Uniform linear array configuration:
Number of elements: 4
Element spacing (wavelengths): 0.75
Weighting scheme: binomial
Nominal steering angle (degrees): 60
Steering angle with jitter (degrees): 59.61
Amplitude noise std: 0.05
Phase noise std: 0.05

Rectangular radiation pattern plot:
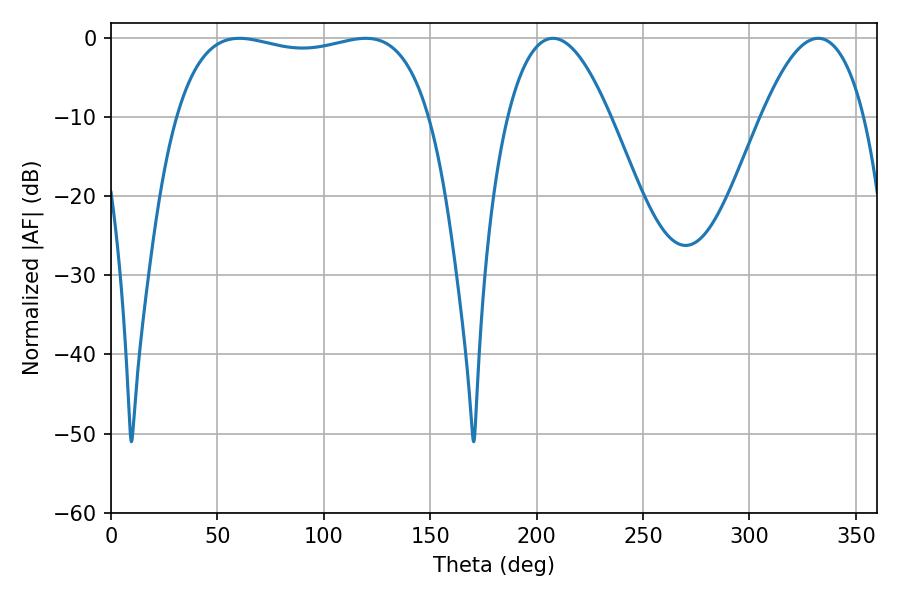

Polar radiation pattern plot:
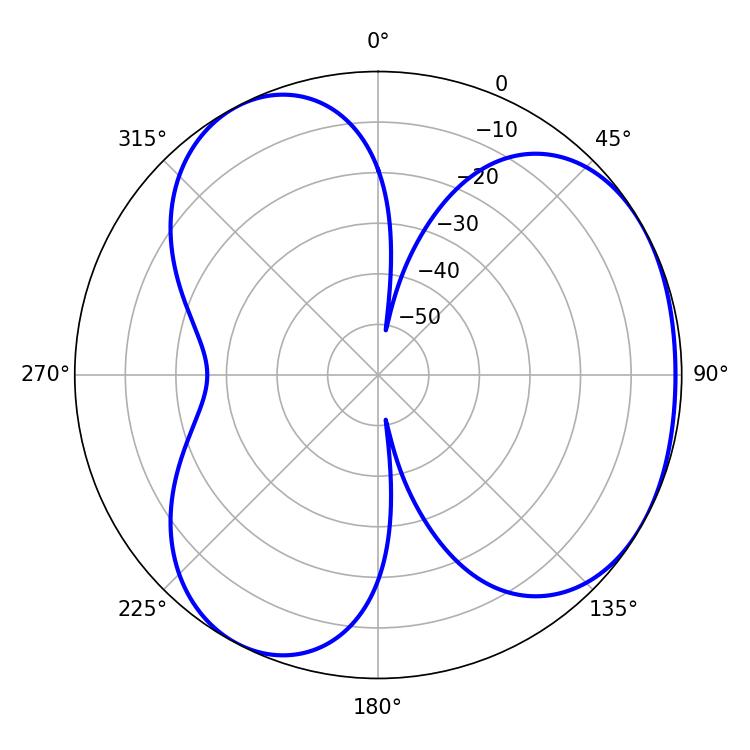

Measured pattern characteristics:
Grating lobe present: TRUE
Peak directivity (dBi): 3.659
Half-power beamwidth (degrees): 96.48
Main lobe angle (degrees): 60.3